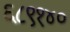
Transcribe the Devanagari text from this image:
६८९१४०